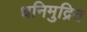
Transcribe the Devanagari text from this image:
धनिमुद्रित